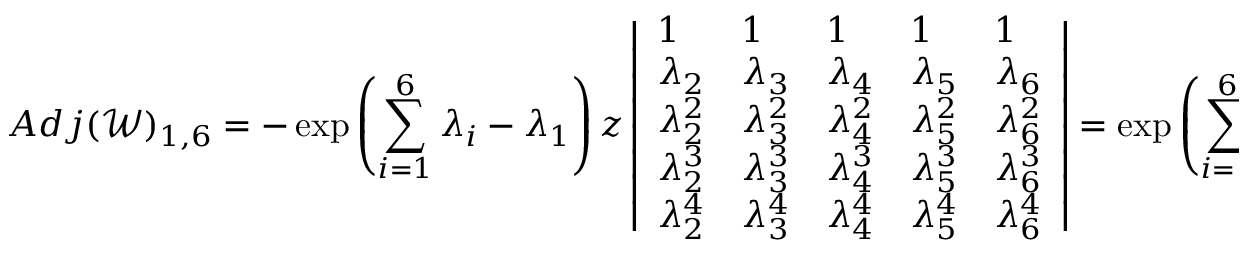
A d j ( \mathscr { W } ) _ { 1 , 6 } = - \exp { \left( \sum _ { i = 1 } ^ { 6 } \lambda _ { i } - \lambda _ { 1 } \right) z } \left| \begin{array} { l l l l l } { 1 } & { 1 } & { 1 } & { 1 } & { 1 } \\ { \lambda _ { 2 } } & { \lambda _ { 3 } } & { \lambda _ { 4 } } & { \lambda _ { 5 } } & { \lambda _ { 6 } } \\ { \lambda _ { 2 } ^ { 2 } } & { \lambda _ { 3 } ^ { 2 } } & { \lambda _ { 4 } ^ { 2 } } & { \lambda _ { 5 } ^ { 2 } } & { \lambda _ { 6 } ^ { 2 } } \\ { \lambda _ { 2 } ^ { 3 } } & { \lambda _ { 3 } ^ { 3 } } & { \lambda _ { 4 } ^ { 3 } } & { \lambda _ { 5 } ^ { 3 } } & { \lambda _ { 6 } ^ { 3 } } \\ { \lambda _ { 2 } ^ { 4 } } & { \lambda _ { 3 } ^ { 4 } } & { \lambda _ { 4 } ^ { 4 } } & { \lambda _ { 5 } ^ { 4 } } & { \lambda _ { 6 } ^ { 4 } } \end{array} \right| = \exp { \left( \sum _ { i = 1 } ^ { 6 } \lambda _ { i } - \lambda _ { 1 } z \right) } \mathscr { E } _ { \lambda , 1 } ( s )